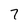
Character: 7